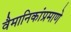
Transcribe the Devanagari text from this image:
वैमानिकांप्रमाणे